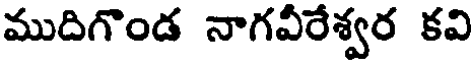
ముదిగొండ నాగవీరేశ్వర కవి